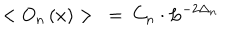
< O _ { n } \left( x \right) > ~ = ~ C _ { n } \cdot { L ^ { - 2 \Delta _ { n } } }